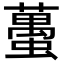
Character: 蠆